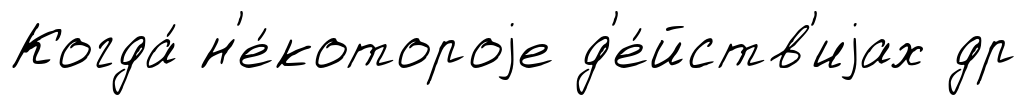
Когда́ н'е́котороjе д'е́йств'иjах др